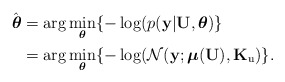
\begin{align*}\hat{\boldsymbol{\theta}} & =\arg\underset{\boldsymbol{\theta}}{\min}\{-\log(p(\mathbf{y}\vert\mathbf{U},\boldsymbol{\theta})\} \\ & =\arg\underset{\boldsymbol{\theta}}{\min}\{-\log(\mathcal{N}(\mathbf{y};\mathbf{\mathbb{\boldsymbol{\mu}}}(\mathbf{U}),\mathbf{K}_{\mathrm{u}})\}.\end{align*}